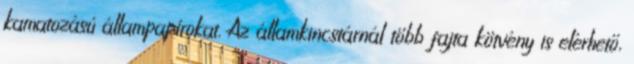
kamatozású állampapírokat. Az államkincstárnál több fajta kötvény is elérhető,